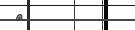
٢